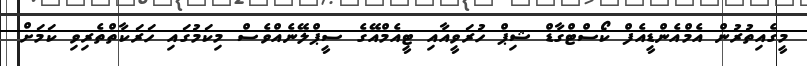
މީގެއިތުރުން އެމްއެންޑީއެފް ކޯސްޓްގާޑް ޝިޕް ހުރަވީއާއި ޓީއެމްއޭގެ ސީޕްލޭނެއްވެސް މިކަމުގައި ހަރަކާތްތެރިވި ކަމަށް